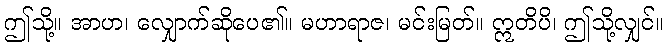
ဤသို့။ အာဟ၊ လျှောက်ဆိုပေ၏။ မဟာရာဇ၊ မင်းမြတ်။ ဣတိပိ၊ ဤသို့လျှင်။